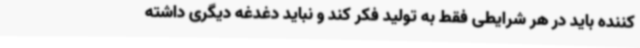
کننده باید در هر شرایطی فقط به تولید فکر کند و نباید دغدغه دیگری داشته